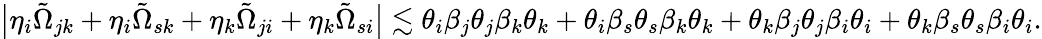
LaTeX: \begin{array}{r}{\big|\eta_{i}\tilde{\Omega}_{jk}+\eta_{i}\tilde{\Omega}_{sk}+\eta_{k}\tilde{\Omega}_{ji}+\eta_{k}\tilde{\Omega}_{si}\big|\lesssim\theta_{i}\beta_{j}\theta_{j}\beta_{k}\theta_{k}+\theta_{i}\beta_{s}\theta_{s}\beta_{k}\theta_{k}+\theta_{k}\beta_{j}\theta_{j}\beta_{i}\theta_{i}+\theta_{k}\beta_{s}\theta_{s}\beta_{i}\theta_{i}.}\end{array}